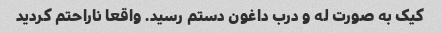
کیک به صورت له و درب داغون دستم رسید. واقعا ناراحتم کردید